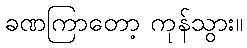
ခဏကြာတော့ ကုန်သွား။